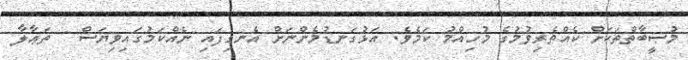
މުޞީބާތްތަކަށް ކެއްތެރިވުމުގެ މުހިއްމު ކަމެވެ. އަޅުގަނޑުމެންނަށް އެނގިފައި ނެއްކަމުގައިވިޔަސް   ތަޢާލާ